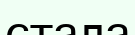
стала